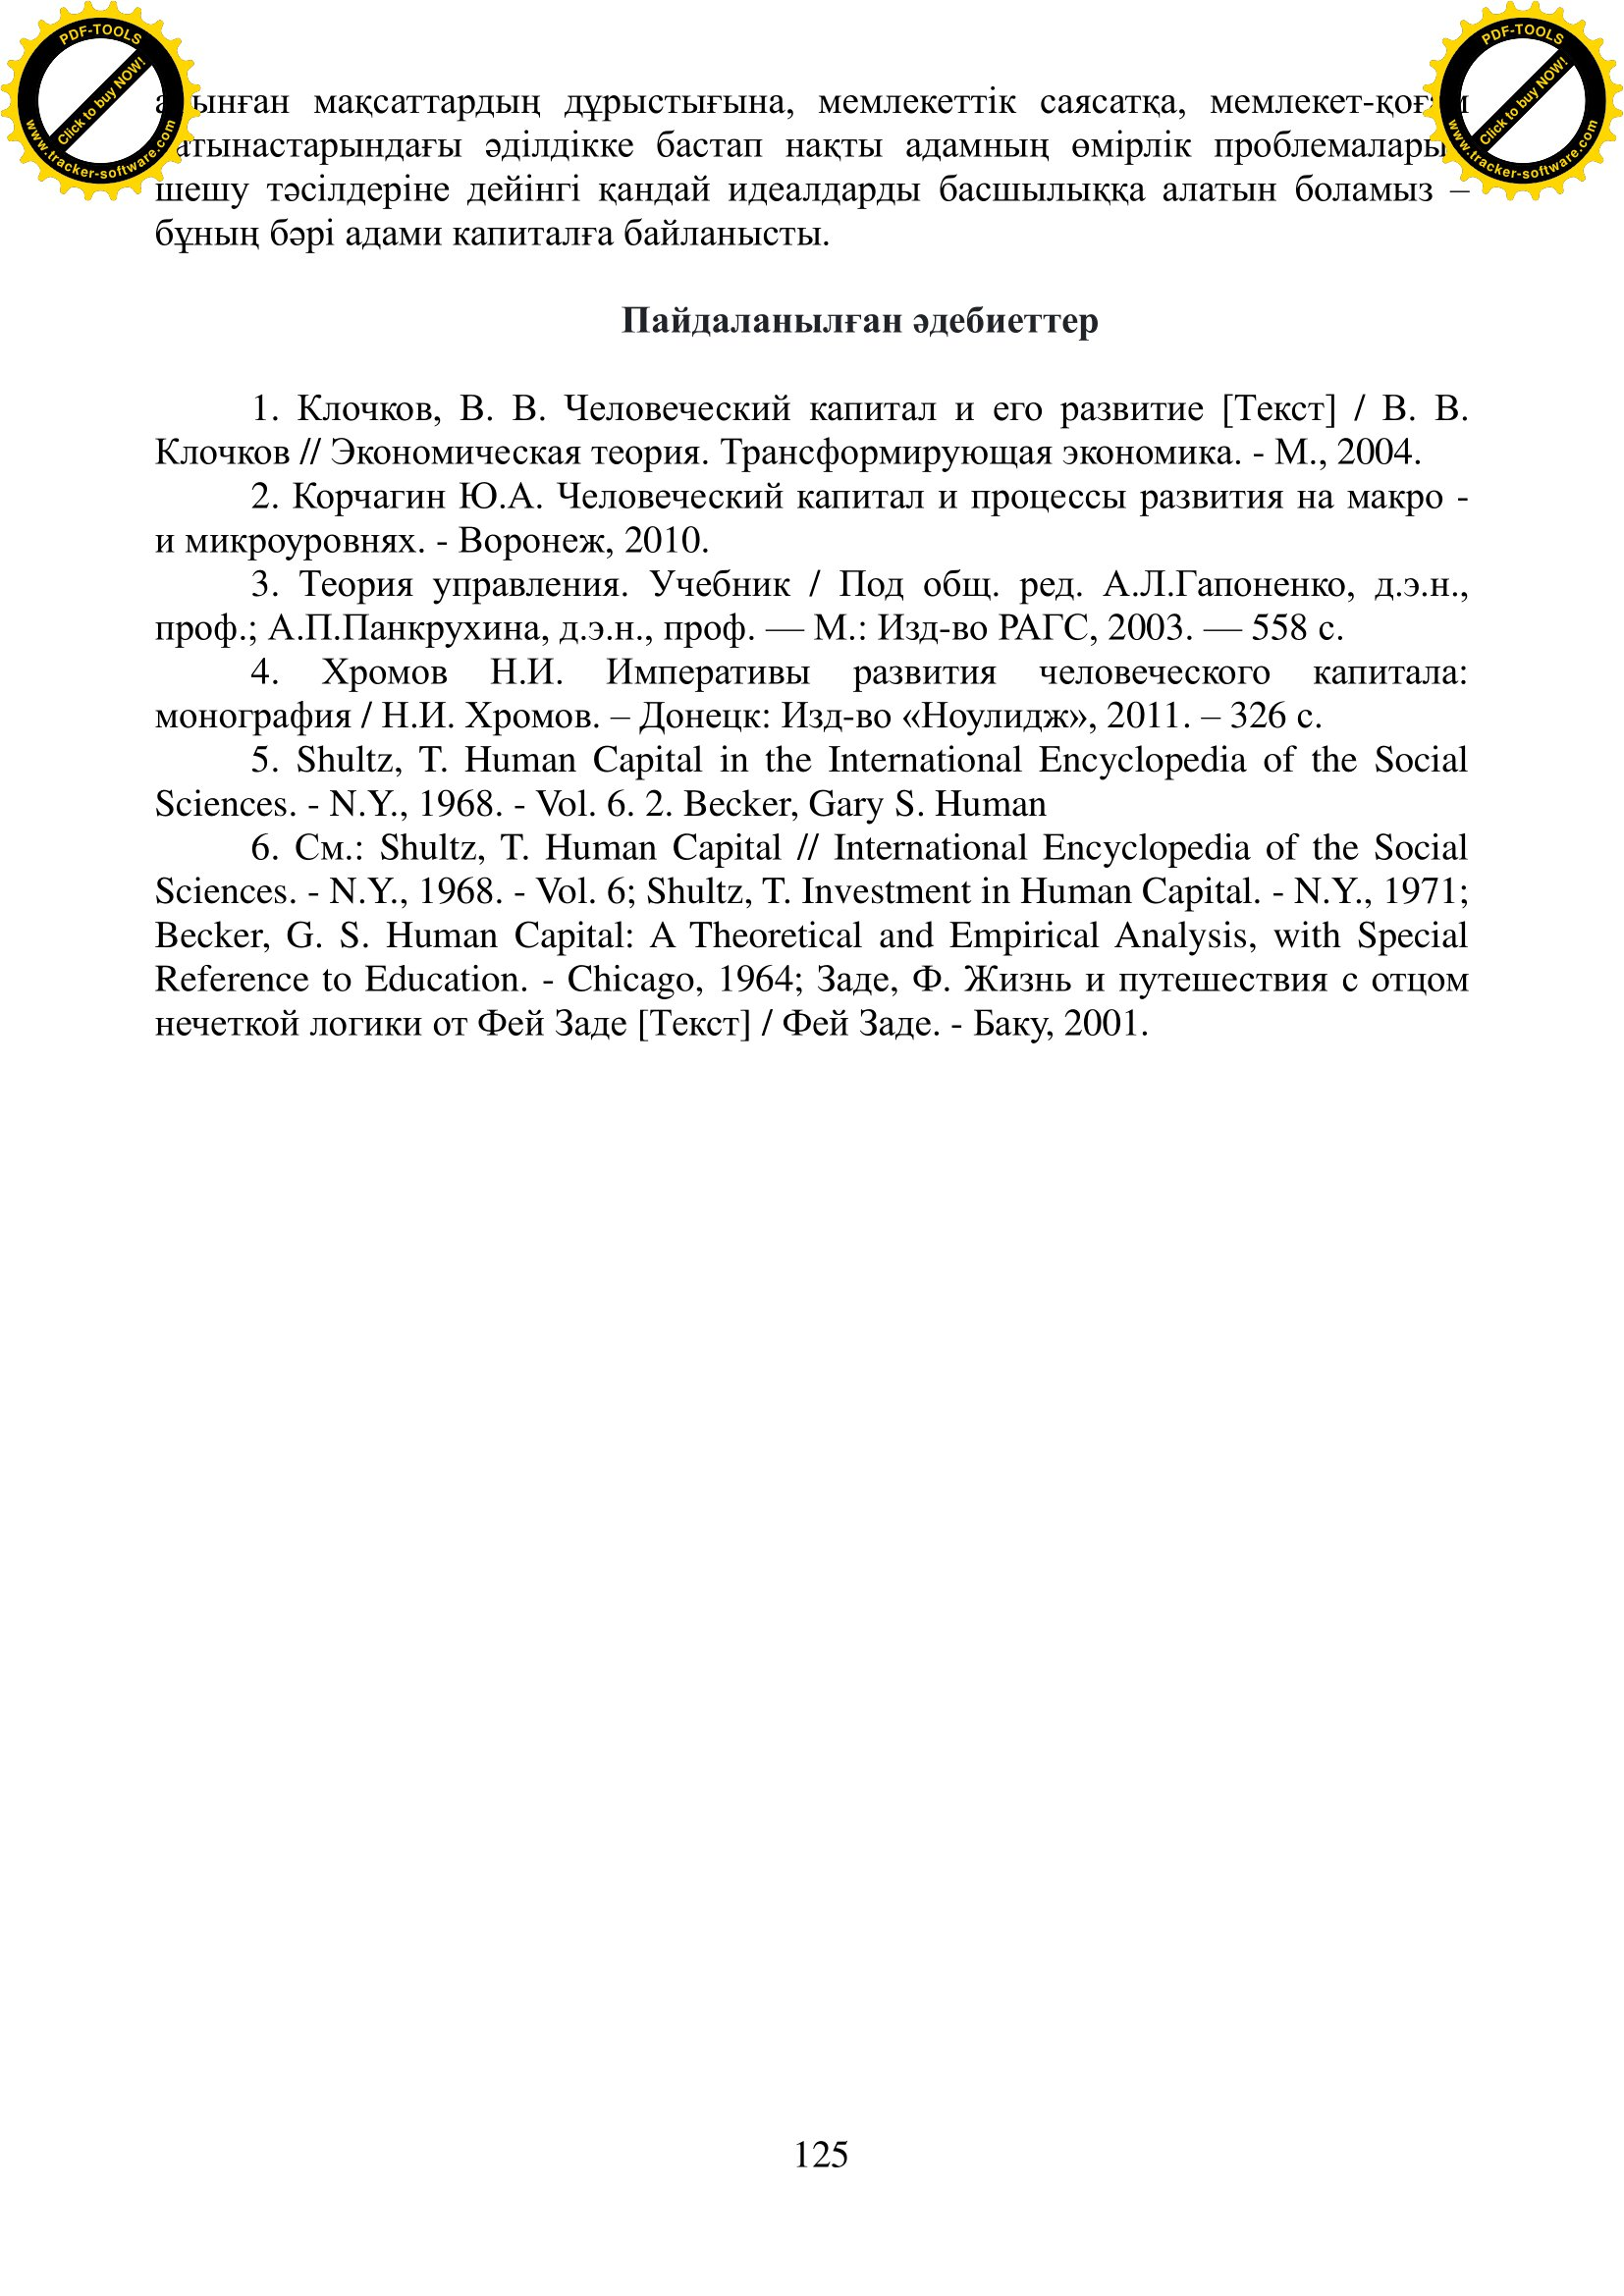
Language: kk